Annual report of the Central Committee of the Association together with the report of the directors of the Pasteur Institute at Kasauli
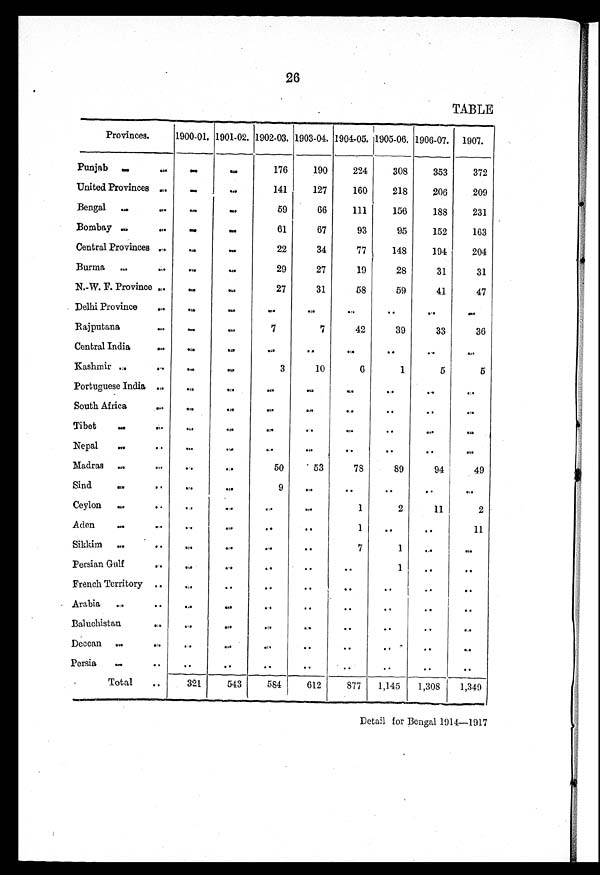
26
TABLE
Provinces.
1900-01. 1901-02. 1902-03. 1903-04. 1904-05. 1905-06. 1906-07.
1907.
Punjab
. . .
. . .
176
190
224
308
353
372
United Provinces
. . .
. . .
141
127
160
218
206
209
Bengal
...
...
59
66
111
156
183
231
Bombay
. . .
...
61
67
93
95
152
163
Central Provinces
. . .
...
22
34
77
148
194
204
Burma
. . .
. . .
29
27
19
28
31
31
N. W. F. Province
. . .
. . .
27
31
58
59
41
47
Delhi Province
. . .
. . .
. . .
. . .
. . .
. . .
. . .
. . .
Rajputana
. . .
. . .
7
7
42
39
33
36
Central India
. . .
. . .
. . .
...
. . .
. . .
...
. . .
Kashmir
. . .
. . .
3
10
6
1
5
5
Portuguese India
South Africa
. . .
. . .
. . .
. . .
. . .
. . .
. . .
. . .
. . .
. . .
. . .
. . .
. . .
. . .
... . . .
Tibet
. . .
. . .
. . .
. . .
. . .
. . .
. . .
. . .
Nepal
Madras
...
. . .
. . . . . .
...
50
. . .
53
. . .
78
. . .
89
. . .
94
. . .
49
Sind
. . .
. . .
9
. . .
. . .
. . .
...
. . .
Ceylon
. . .
. . .
...
. . .
1
2
11
2
Aden
...
. . .
. . .
. . .
1
...
. . .
11
Sikkim
..
. . .
• • .
. . .
7
1
...
. . .
Persian Gulf
. . .
. . .
. . .
...
. .
1
. .
...
French Territory
. .
..
..
..
. .
..
..
. .
Arabia
. .
..
..
..
..
..
..
. .
Baluchistan
..
..
..
..
. .
..
. .
..
Deccan
. .
. .
. .
..
..
..
..
..
Persia
. .
. .
. .
. .
. .
..
. .
. .
Total
321
543
584
612
877
1,145
1 , 3 0 5
1,349
Detail for Bengal 1914—1917